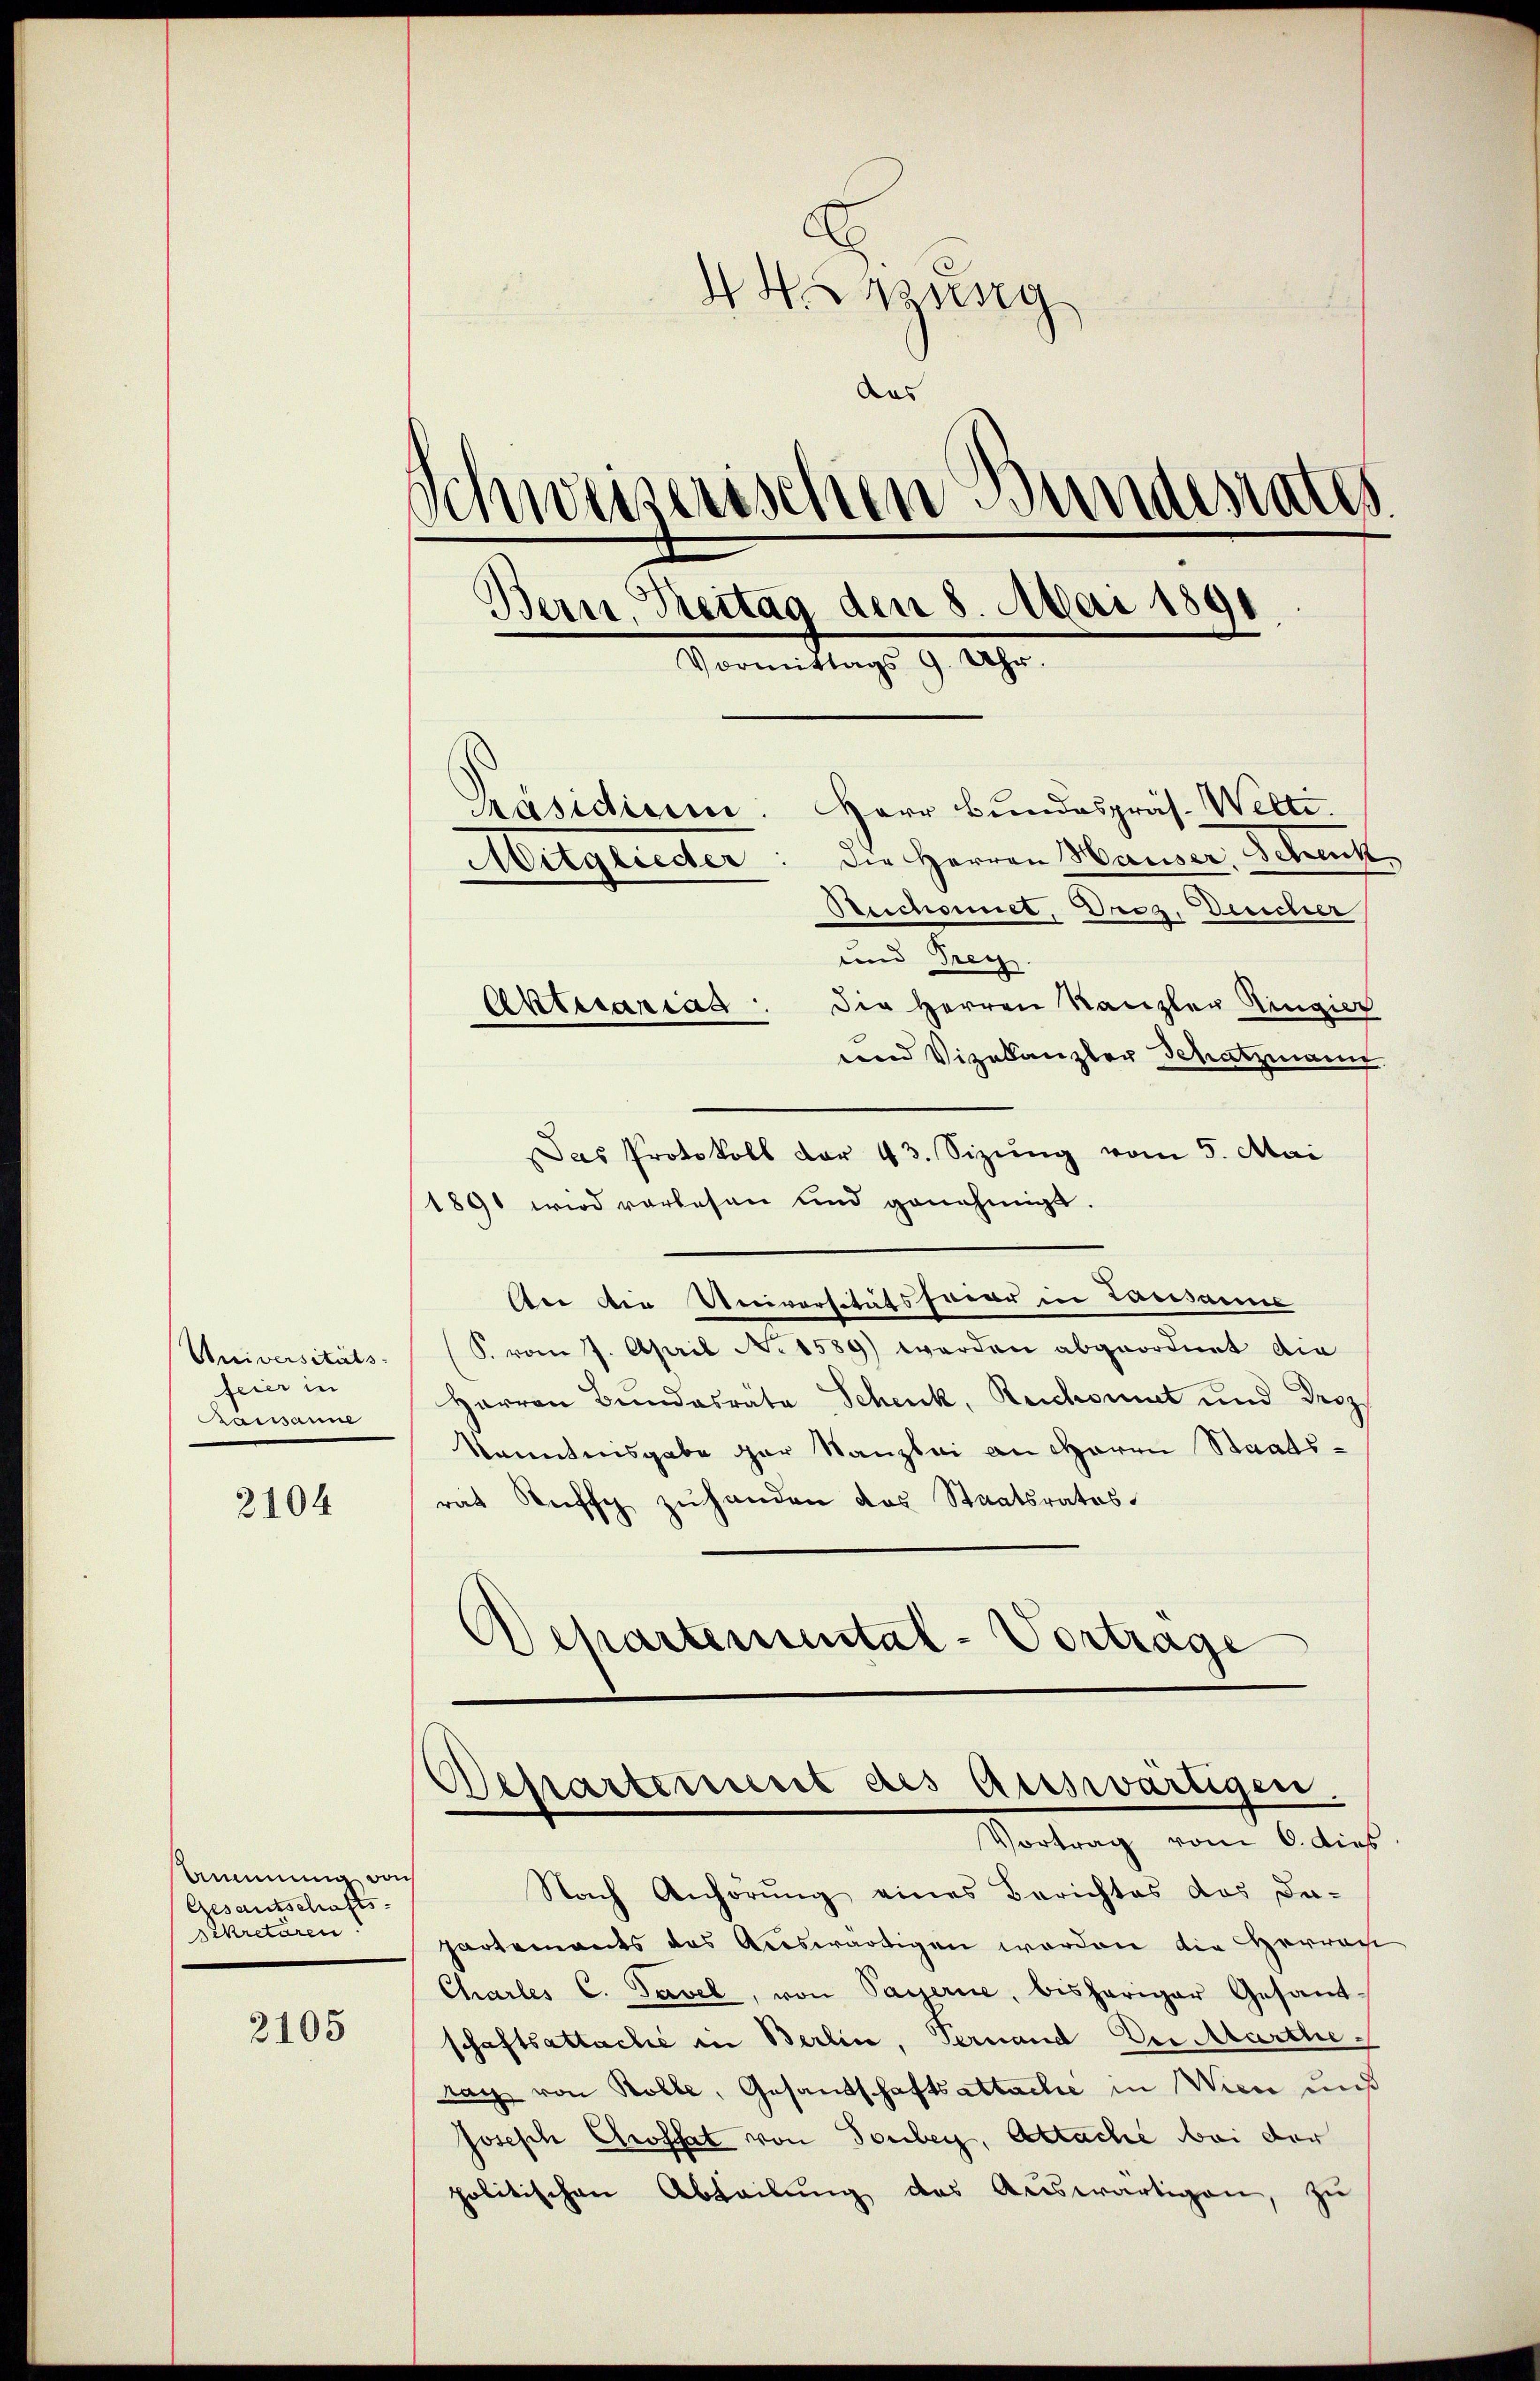
Universitäts-
feier in
Kausanne

2104

Ammung auch
Gesantschafts-
Sekretären.

2105

Hung
Aus
Schweizerischen Bundesrates.
Bern, Treitag den 8. Mai 1890
.
Vormittags 9 Uhr.
präsidium. Herr Bundespräs. Welti.
Die Herren Hauser, Schenk
Mitglieder
Reichnet, Drez, Deucher

und Frey.
Die Herren Kanzler Ringier
tend Vizekanzler Schatzmann
Das Protokoll der 43. Sizŭng vom 5. Mai
1891 wird vorlesen und genehmigt.
An der Universitätsfeier in Lausanne
(S. vom 7. April No 1589) werden abgeordnet die
Harron Bundesrata Schenk, Reichsmut und Droz.
kanntnisgabe gar Stanzlei an Herrn Staatsrat Ruf zuhanden das Staatsrates.
Departemental-Vortrage

Aktuarias

Nach Anhörung eines Berichtes das De-
hartements das Auswärtigen worden die Herrech
Charles C. Tavel, von Payerne, bisheriger Gesamt-
schaftsattache in Berlin, Fernand Der Marthe
rach von Rolle, Gesandschaftsattache in Wien auß
Joseph Chroffet von Tonberg, Attache bei der
politischen Abteilung des Auswärtigen, zu

Departement als eisswärtigen.
Vortrag vom 6. dies